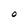
Character: O